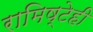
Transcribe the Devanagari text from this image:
रामिष्टेही